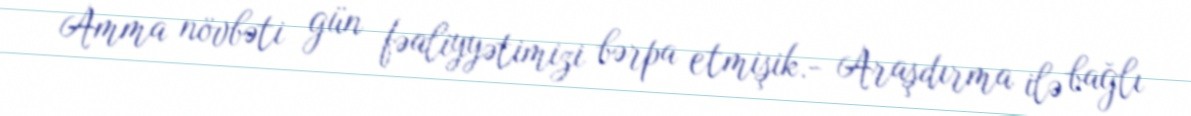
Amma növbəti gün fəaliyyətimizi bərpa etmişik.- Araşdırma ilə bağlı